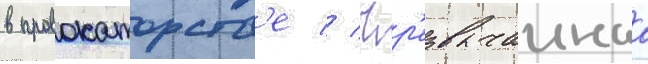
в провокаторств'е // Чр'езвычаинаа